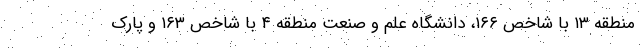
منطقه ۱۳ با شاخص ۱۶۶، دانشگاه علم و صنعت منطقه ۴ با شاخص ۱۶۳ و پارک